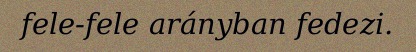
fele-fele arányban fedezi.